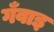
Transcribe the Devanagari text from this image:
गँवाइ